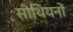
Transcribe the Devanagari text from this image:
सीथियनों